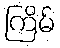
ကြိမ်